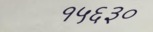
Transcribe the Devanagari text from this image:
१५६३०